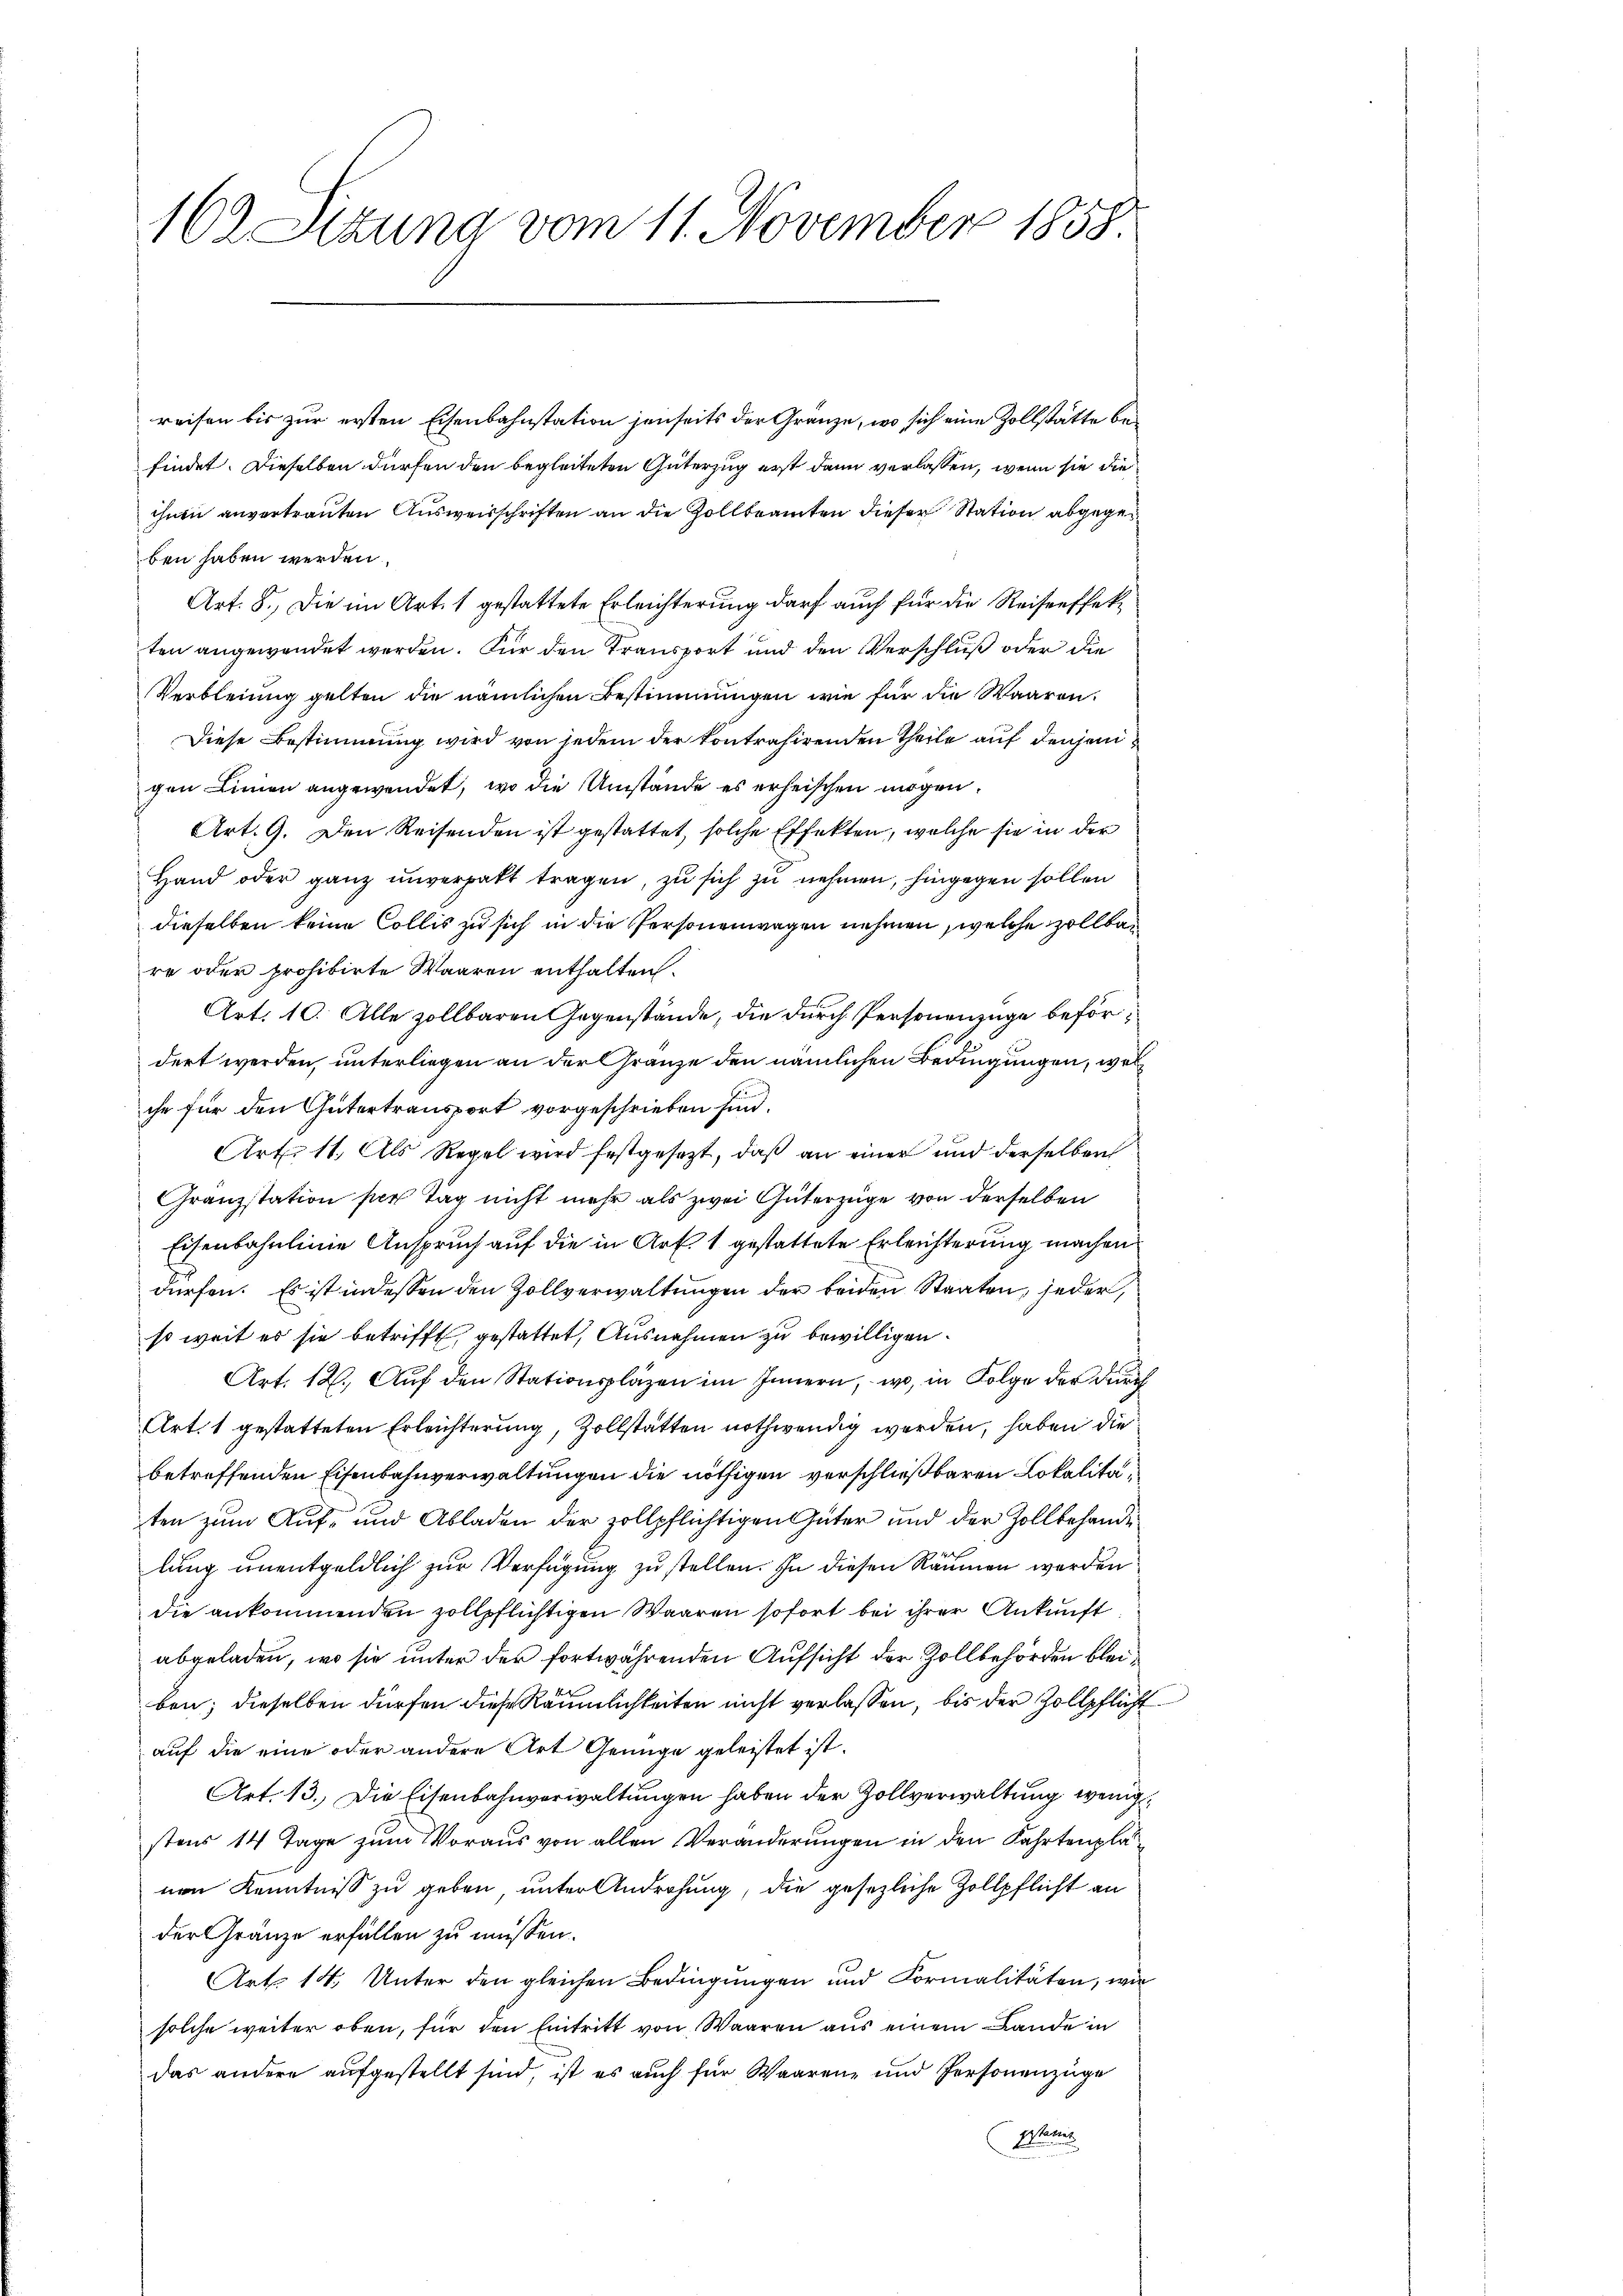
reisen bis zur ersten Eisenbahnstation jenseits der Gränze, wo sich eine Zollstätte befindet. Dieselben dürfen den begleiteten Güterzug erst dann verlassen, wenn sie die
ihnen anvertrauten Ausweisschriften an die Zollbeamten dieser Station abgegenben haben werden.
Art. 8. Die im Art. 1 gestattete Erleichterung darf auch für die Reiseeffekten angewendet werden. Für den Transport und den Verschluß oder die
Verbleiung gelten die nämlichen Bestimmungen wie für die Waaren.
Diese Bestimmung wird von jedem der Kontrahirenden Theile auf denjeni
gen Linien angewendet, wo die Umstände es erheischen mögen.
Art. 9. Den Reisenden ist gestattet, solche Effekten, welche sie in der
Hand oder ganz unverhalt tragen, zu sich zu nehmen, hingegen sollen
dieselben keine Collis zu sich in die Personenwagen nehmen, welche zollbare oder prohibirte Waaren enthalten.
Art. 10. Alle zollbaren Gegenstände, die durch Personenzüge befördert werden, unterliegen an der Gränze den nämlichen Bedingungen, wel
che für den Gütertransport vorgeschrieben sind.
Art. 11. Als Regel wird festgesezt, daß an einer und derselben
Granzstation per Tag nicht mehr als zwei Güterzüge von derselben
Eisenbahnlinie Anspruch auf die in Art. 1 gestattete Erleichterung machen
dürfen. Es ist in dessen den Zollverwaltungen der beiden Staaten, jeder,
so weit es sie betrifft, gestattet, Ausnahmen zu bewilligen.
Art. 12. Aŭf den Stationspläzen im Innern, wo, in Folge der durch
Art. 1 gestatteten Erleichterung, Zollstätten nothwendig werden, haben die
betreffenden Eisenbahnverwaltungen die nöthigen verschließbaren Lokalitäten zum Auf- und Abladen der zollpflichtigen Güter und der Zollbehande
lung unentgeldlich zur Verfügung zu stellen. In diesen Räumen werden
die ankommenden zollpflichtigen Waaren sofort bei ihrer Ankunft
abgeladen, wo sie unter der fortwährenden Aufsicht der Zollbehörden bleiben; dieselben dürfen diese Räumlichkeiten nicht verlassen, bis der Zollpflicht
auf die eine oder andere Art Genüge geleistet ist.
Art. 13. Die Eisenbahnverwaltungen haben der Zollverwaltung wenigstens 14 Tage zum Voraus von allen Veränderungen in den Fahrtenplänen Kenntniß zu geben, unter Androhung, die gesezliche Zollpflicht an
der Gränze erfällen zu müssen.
Art. 14. Unter den gleichen Bedingungen und Formalitäten, wie
solche weiter oben, für den Eintritt von Waaren aus einem Lande in
das andere aufgestellt sind, ist es auch für Waaren, und Personenzüge
gestamen

162 Sizung vom 11. November 1858.